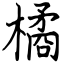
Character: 橘